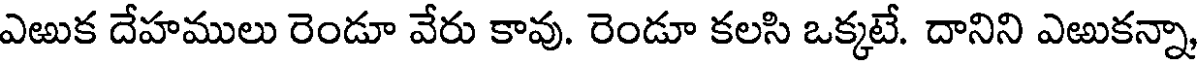
ఎఱుక దేహములు రెండూ వేరు కావు. రెండూ కలసి ఒక్కటే. దానిని ఎఱుకన్నా